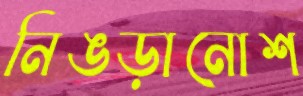
নিঙড়ানোশ